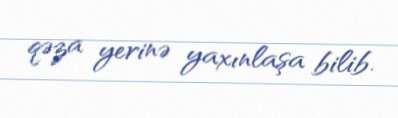
qəza yerinə yaxınlaşa bilib.